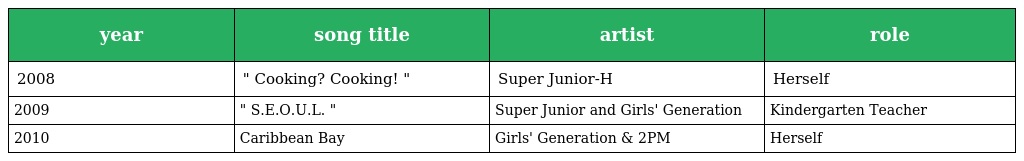
| year | song title | artist | role |
 | --- | --- | --- | --- |
 | 2008 | " Cooking? Cooking! " | Super Junior-H | Herself |
 | 2009 | " S.E.O.U.L. " | Super Junior and Girls' Generation | Kindergarten Teacher |
 | 2010 | Caribbean Bay | Girls' Generation & 2PM | Herself |